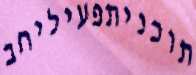
תוכניתפעיליחב